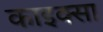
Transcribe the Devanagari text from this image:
काइक्सा